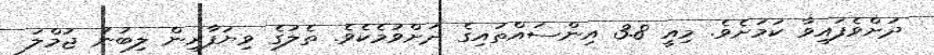
ދަށްވެފައިވާ ކަމަށެވެ. މިއީ 3.8 އިންސައްތައިގެ ދަށްވުމެކެވެ. ތެލުގެ ވިޔަފާރިން ލިބުނު ޖުމްލަ